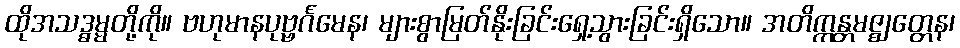
ထိုအသဒ္ဓမ္မတို့ကို။ ဗဟုမာနပုဗ္ဗင်္ဂမေန၊ များစွာမြတ်နိုးခြင်းရှေ့သွားခြင်းရှိသော။ အတိက္ကန္တမဇ္ဈတ္တေန၊